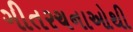
ગીતરચનાઓથી